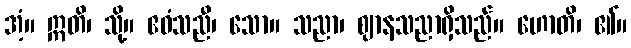
အံ့။ ဣတိ၊ သို့။ ဧဝံသညီ၊ သော။ သညာ၊ ဈာနသညာရှိသည်။ ဟောတိ၊ ၏။